Lunatic asylums Punjab 1868-1880 - 1868-1880
Year: 1868
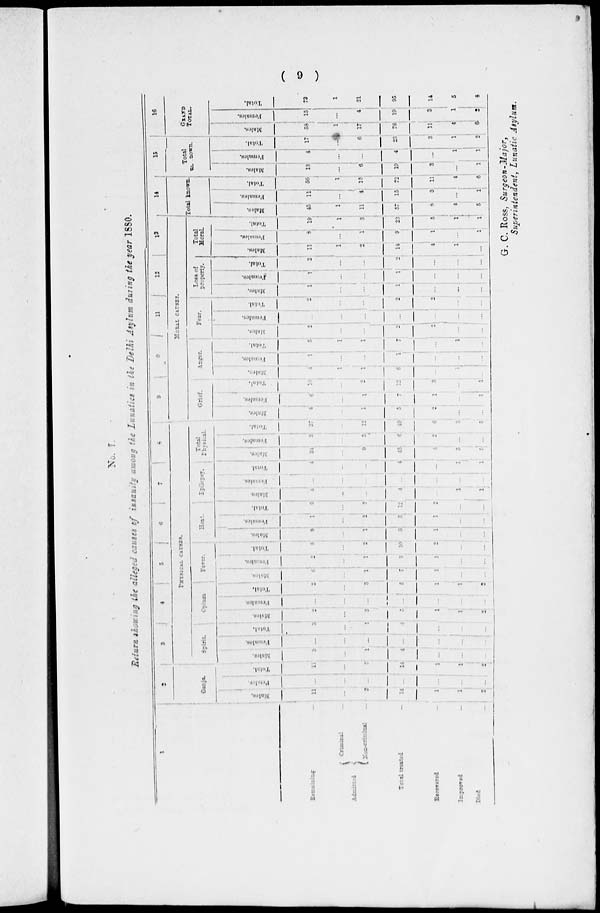
( 9 )
No. 7.
Return showing the alleged causes of insanity among the Lunatics in the Delhi Asylum during the year 1880.
1
Remaining ...
Admitted
Criminal ...
Non-criminal ...
Total treated
...
Recovered ...
Improved ...
Died
...
2
Ganja.
Male.
11
...
3
14
1
1
2
Female.
...
...
...
...
...
...
...
Total.
11
...
3
14
1
1
2
3
4
5
6
7
8
PHYSICAL CAUSES.
Spirit.
Males.
3
...
1
4
...
...
...
Females.
...
...
...
...
...
...
...
Total.
3
...
1
4
...
...
...
Opium
Males.
2
...
3
5
1
1
2
Female.
...
...
...
...
...
...
...
Total.
2
...
3
5
1
1
2
Fever.
Males.
6
...
1
7
1
...
...
Females.
2
...
1
3
1
...
...
Total.
8
...
2
10
2
...
...
Heat.
Males.
8
...
1
9
1
...
...
Females.
1
...
2
3
1
...
...
Total.
9
...
3
12
2
...
...
Epilepsy.
Males.
4
...
...
4
...
1
1
Females.
...
...
...
...
...
...
...
Total.
4
...
...
4
...
1
1
Total
Physical.
Males.
34
...
9
43
4
3
5
Females.
3
...
3
6
2
...
...
Total.
37
...
12
49
6
3
5
9
10 11
12
13
MORAL CAUSES.
Grief.
Males.
4
...
1
5
2
...
...
Females.
6
...
1
7
1
...
1
Total.
10
...
2
12
3
...
1
Anger.
Males.
4
1
1
6
...
...
...
Females.
1
...
...
1
...
...
...
Total.
5
1
1
7
...
1
...
Fear.
Males.
2
...
1
2
2
...
...
Females.
...
...
...
...
...
...
...
Total.
2
...
...
2
2
...
...
Loss of
property.
Males.
1
...
...
1
...
...
...
Females.
1
...
...
1
...
...
...
Total.
2
...
...
2
...
...
...
Total
Moral.
Males.
11
1
2
14
4
1
...
Females.
8
...
1
9
1
...
l
Total.
19
1
3
23
5
1
1
14
Total known.
Males.
45
1
11
57
8
4
5
Females.
11
...
4
15
3
...
1
Total.
56
1
15
72
11
4
6
15
Total
unknown.
Males.
13
...
6
19
3
...
1
Females.
4
...
...
4
...
1
1
Total.
17
...
6
23
3
1
2
16
GRAND TOTAL
Males.
58
1
17
76
11
4
6
Females.
15
...
4
19
3
1
2
Total.
73
1
21
95
14
5
8
G. C. Ross, Surgeon-Major,
Superintendent, Lunatic Asylum.